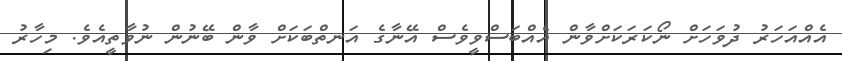
އެއްއަހަރު ދުވަހަށް ނޯކަރަކަށްވާން އެއްބަސްވީވެސް އޭނާގެ އަނތްބަކަށް ވާން ބޭނުން ނުވާތީއެވެ. މިހާރު